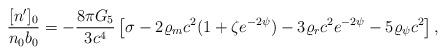
LaTeX: \begin{align*}{{[n^{\prime}]_0}\over{n_0b_0}}=-{{8\pi G_5}\over{3c^4}}\left[\sigma-2\varrho_mc^2(1+\zeta e^{-2\psi})-3\varrho_rc^2e^{-2\psi}-5\varrho_{\psi}c^2\right],\end{align*}